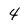
Character: 4